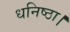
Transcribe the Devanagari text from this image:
धनिष्ठा।